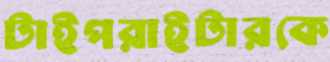
টাইপরাইটারকে